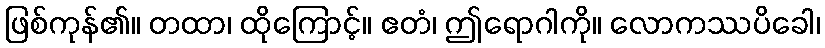
ဖြစ်ကုန်၏။ တထာ၊ ထိုကြောင့်။ ဧတံ၊ ဤရောဂါကို။ လောကဿပိခေါ၊